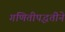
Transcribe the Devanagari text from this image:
गणितीपद्धतीने